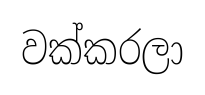
වක්කරලා